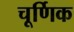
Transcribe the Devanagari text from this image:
चूर्णिक